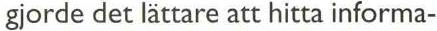
gjorde det lättare att hitta informa-